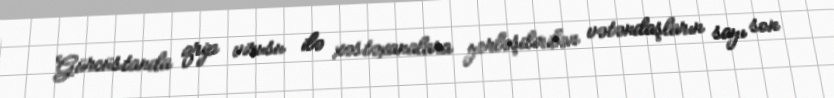
Gürcüstanda qrip virusu ilə xəstəxanalara yerləşdirilən vətəndaşların sayı son